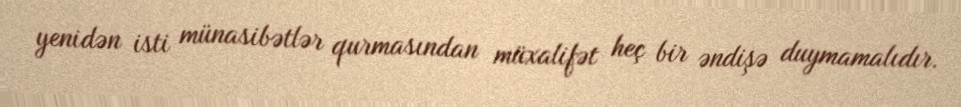
yenidən isti münasibətlər qurmasından müxalifət heç bir əndişə duymamalıdır.